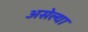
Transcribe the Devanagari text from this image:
असेल्या